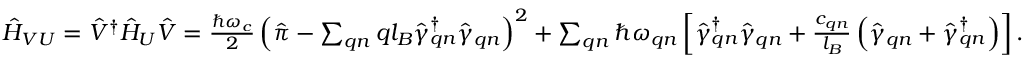
\begin{array} { r } { \hat { H } _ { V U } = \hat { V } ^ { \dagger } \hat { H } _ { U } \hat { V } = \frac { \hbar \omega _ { c } } { 2 } \left( \hat { \boldsymbol { \pi } } - \sum _ { \boldsymbol { q } n } \boldsymbol { q } l _ { B } \hat { \gamma } _ { \boldsymbol { q } n } ^ { \dagger } \hat { \gamma } _ { \boldsymbol { q } n } \right) ^ { 2 } + \sum _ { \boldsymbol { q } n } \hbar \omega _ { \boldsymbol { q } n } \left[ \hat { \gamma } _ { \boldsymbol { q } n } ^ { \dagger } \hat { \gamma } _ { \boldsymbol { q } n } + \frac { c _ { \boldsymbol { q } n } } { l _ { B } } \left( \hat { \gamma } _ { \boldsymbol { q } n } + \hat { \gamma } _ { \boldsymbol { q } n } ^ { \dagger } \right) \right] . } \end{array}